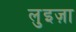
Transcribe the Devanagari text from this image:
लुइज़ा